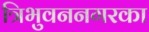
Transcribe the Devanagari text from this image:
त्रिभुवननगरका